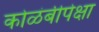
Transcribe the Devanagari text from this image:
कोळंबीपेक्षा